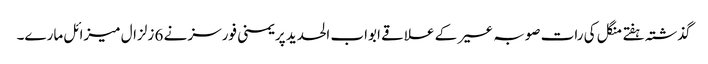
گذشتہ ہفتے منگل کی رات صوبہ عسیر کے علاقے ابواب الحدید پر یمنی فورسز نے 6 زلزال میزائل مارے۔